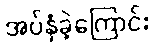
အပ်နှံခဲ့ကြောင်း